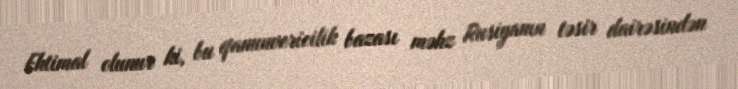
Ehtimal olunur ki, bu qanunvericilik bazası məhz Rusiyanın təsir dairəsindən